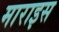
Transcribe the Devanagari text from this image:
माराइस